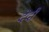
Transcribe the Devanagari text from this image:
देदी